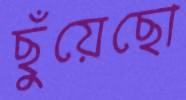
ছুঁয়েছো